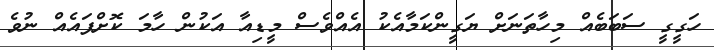
ހަގީގީ ސަބަބެއް މިހާތަނަށް ޔަގީންކަމާއެކު އެއްވެސް މީޑިއާ އަކުން ހާމަ ކޮށްފައެއް ނުވެ